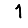
Digit: 1